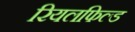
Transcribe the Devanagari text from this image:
रियलफिल्ड